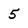
Character: 5